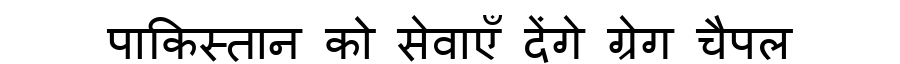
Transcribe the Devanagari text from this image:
पाकिस्तान को सेवाएँ देंगे ग्रेग चैपल